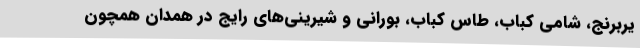
یربرنج، شامی کباب، طاس کباب، بورانی و شیرینی‌های رایج در همدان همچون